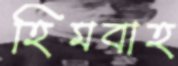
হিমবাহ